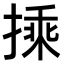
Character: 𭡽